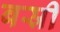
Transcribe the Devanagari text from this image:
बस्री